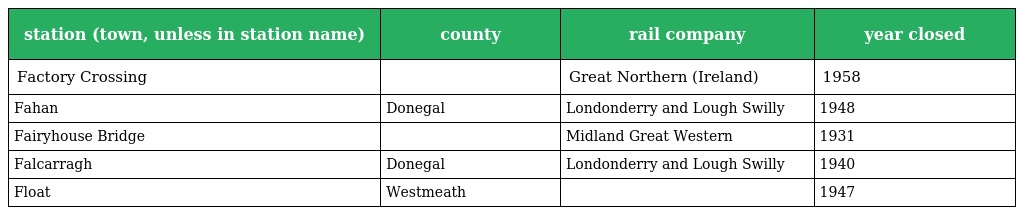
| station (town, unless in station name) | county | rail company | year closed |
 | --- | --- | --- | --- |
 | Factory Crossing |  | Great Northern (Ireland) | 1958 |
 | Fahan | Donegal | Londonderry and Lough Swilly | 1948 |
 | Fairyhouse Bridge |  | Midland Great Western | 1931 |
 | Falcarragh | Donegal | Londonderry and Lough Swilly | 1940 |
 | Float | Westmeath |  | 1947 |